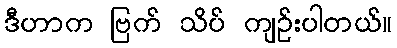
ဒီဟာက ဗြက် သိပ် ကျဉ်းပါတယ်။